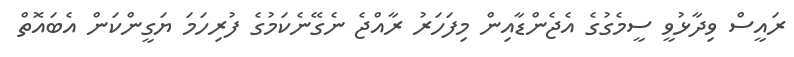
ރައީސް ވިދާޅުވީ ސީމެގުގެ އެޖެންޑާއިން މިފަހަރު ރާއްޖެ ނެގޭނެކަމުގެ ފުރިހަމަ ޔަގީންކަން އެބައޮތް